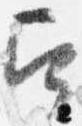
召